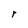
Character: r